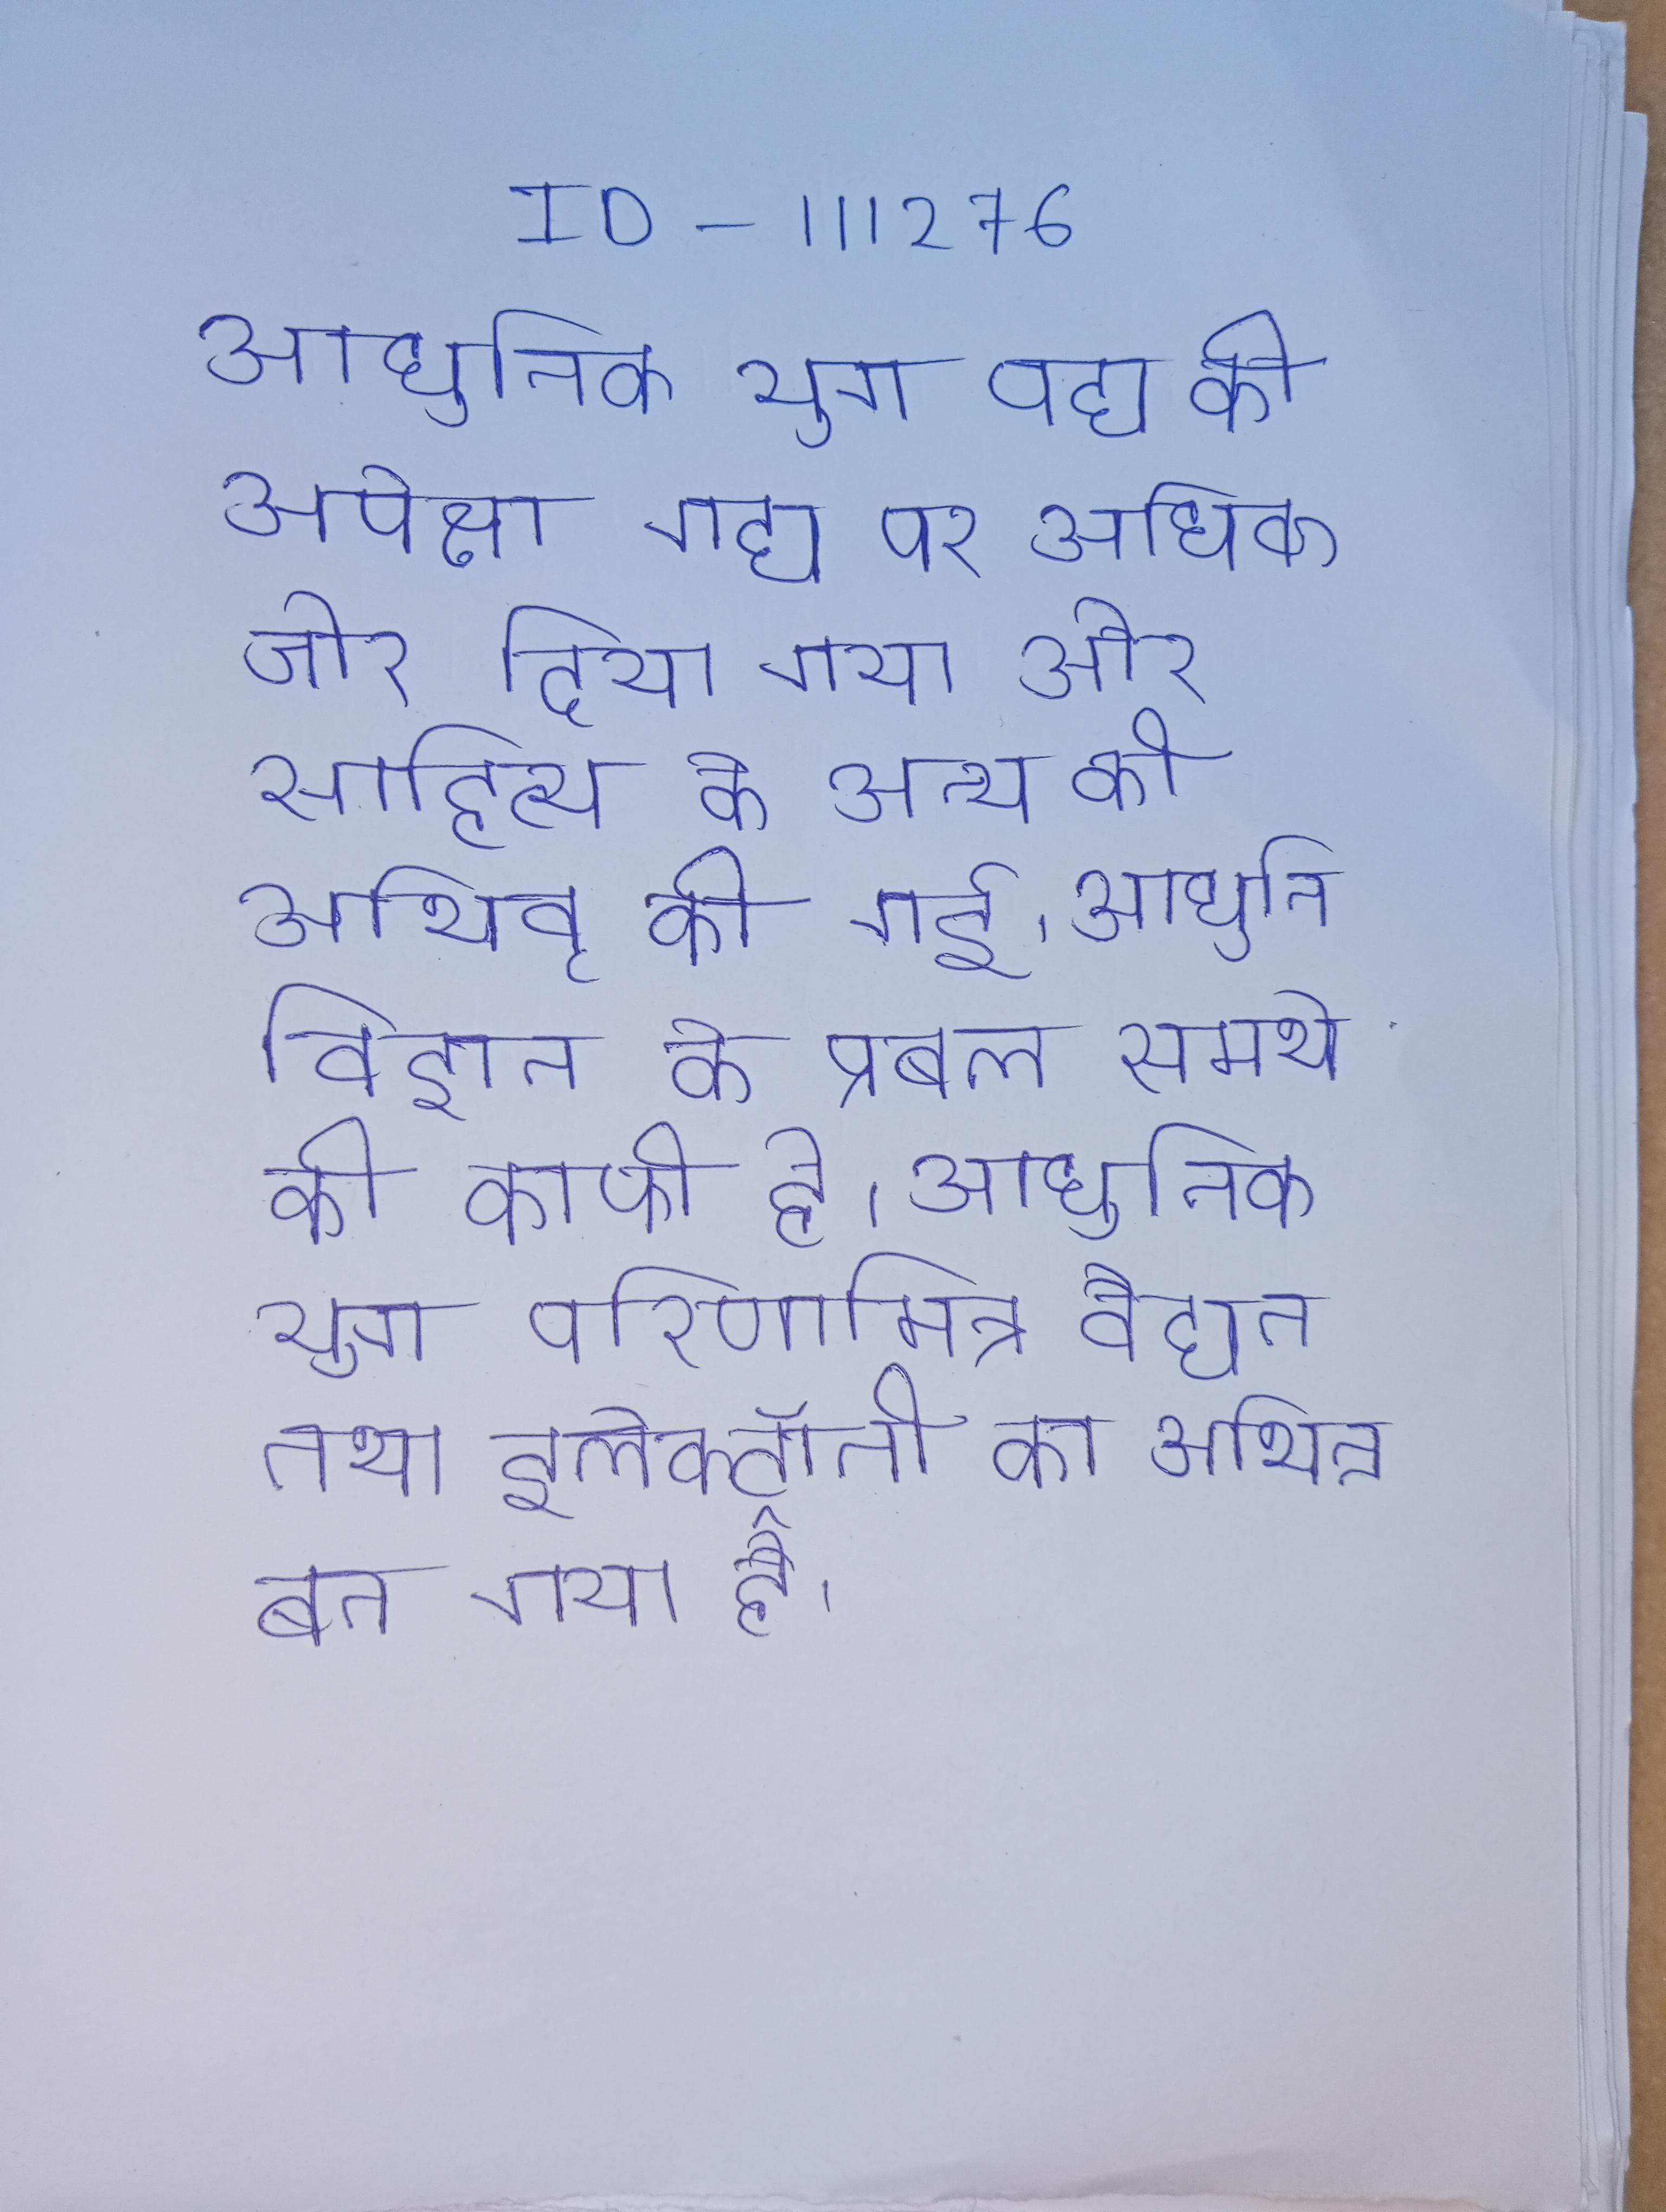
आधुनिक युग पद्य की अपेक्षा गद्य पर अधिक जोर दिया गया और साहित्य के अन्य की अभिवृद्धि की गई । आधुनिक युग परम्परागत राजनीति विज्ञान के प्रबल समर्थको की काफी है । आधुनिक युग परिणामित्र वैद्युत् तथा इलेक्ट्रॉनी का अभिन्न बन गया है ।